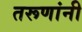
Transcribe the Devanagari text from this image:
तरूणांनी